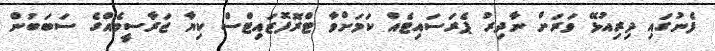
ފެނުގައި ދިރިއުޅޭ ވަރަށް ނާދިރު ޕެރަސައިޓެއް ކަމަށްވާ ޓްރޮފޮޒައިޓްސް ކިޔާ ޖަރާސީމެއްގެ ސަބަބުން